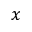
{ \boldsymbol x }